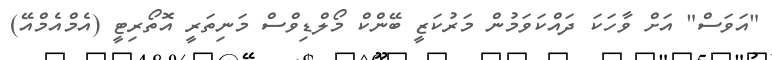
"އަވަސް" އަށް ވާހަކަ ދައްކަވަމުން މަރުކަޒީ ބޭންކް މޯލްޑިވްސް މަނިތަރީ އޮތޯރިޓީ (އެމްއެމްއޭ)